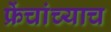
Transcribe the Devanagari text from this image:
फ्रेंचांच्याच